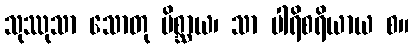
သုဿုသာ သောတု မိစ္ဆာယ၊ သာ ပါရိစရိယာယ စ။